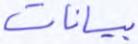
بيانات